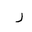
Letter: _ra